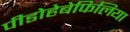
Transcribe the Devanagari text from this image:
पीडोहेबेफिलिया